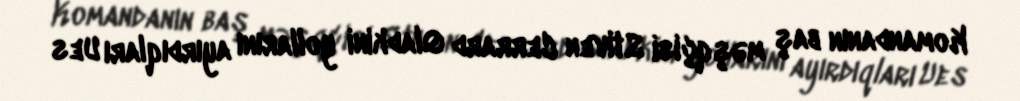
Komandanın baş məşqçisi Stiven Cerrard Qladkini yollarını ayırdıqları Ues